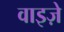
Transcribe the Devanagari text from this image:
वाइज़े